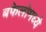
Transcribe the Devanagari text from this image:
बफेलोमध्ये